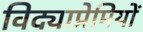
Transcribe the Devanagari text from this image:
विद्याप्रेमियों